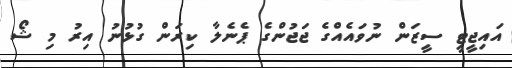
އައިޖީޓީ ސީޒަން ނުވައެއްގެ ޖަޖުންގެ ޕެނެލާ ކިރަން ގުޅުނު އިރު މި ޝޯ